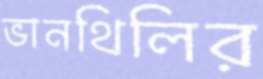
ভানথিলির